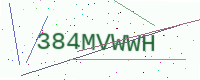
Text: 384MVWWH